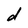
Character: d